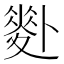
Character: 𠨉